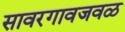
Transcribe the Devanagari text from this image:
सावरगावजवळ